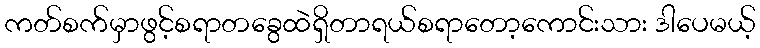
ကတ်စက်မှာဖွင့်စရာတခွေထဲရှိတာရယ်စရာတော့ကောင်းသား ဒါပေမယ့်